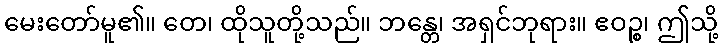
မေးတော်မူ၏။ တေ၊ ထိုသူတို့သည်။ ဘန္တေ၊ အရှင်ဘုရား။ ဧဝဉ္စ၊ ဤသို့